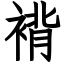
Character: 褙